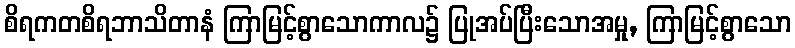
စိရကတစိရဘာသိတာနံ ကြာမြင့်စွာသောကာလ၌ ပြုအပ်ပြီးသောအမှု, ကြာမြင့်စွာသော